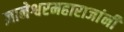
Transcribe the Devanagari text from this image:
ज्ञानेश्वरमहाराजांनी